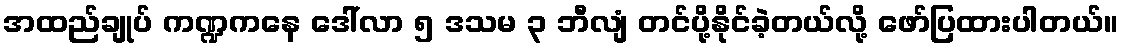
အထည်ချုပ် ကဏ္ဍကနေ ဒေါ်လာ ၅ ဒသမ ၃ ဘီလျံ တင်ပို့နိုင်ခဲ့တယ်လို့ ဖော်ပြထားပါတယ်။